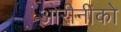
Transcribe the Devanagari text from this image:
ओरीनीको